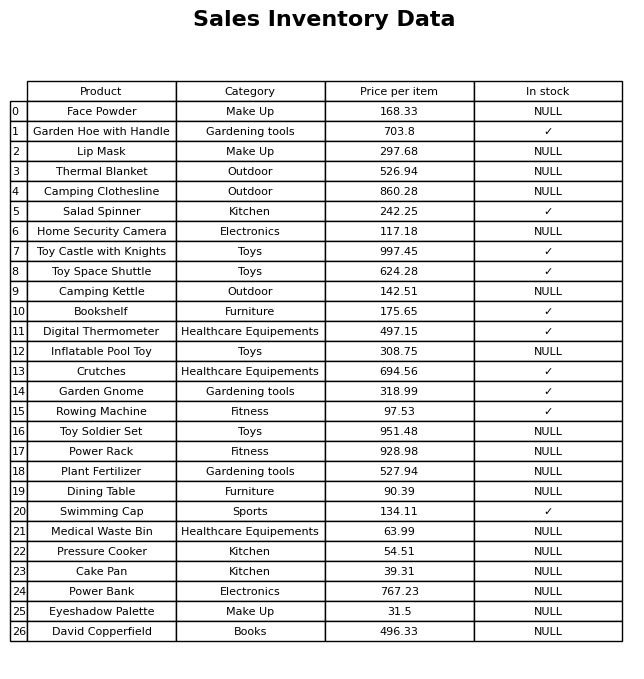
question: What is the price of the Power Bank?
answer: The price of Power Bank is 767.23.